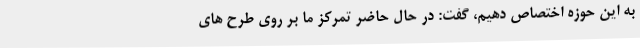
به این حوزه اختصاص دهیم، گفت: در حال حاضر تمرکز ما بر روی طرح های